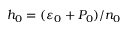
h _ { 0 } = ( \varepsilon _ { 0 } + P _ { 0 } ) / n _ { 0 }